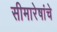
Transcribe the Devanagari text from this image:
सीमारेषांचे